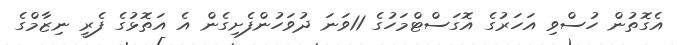
އެގޮތުން ހުސްވި އަހަރުގެ އޮގަސްޓްމަހުގެ 11ވަނަ ދުވަހުންފެށިގެން އެ އަތޮޅުގެ ފެރީ ނިޒާމްގެ